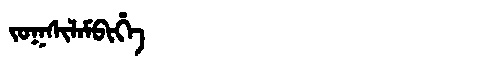
Manchu: ᠵᠣᡴᠰᡳᠯᠠᠮᠪᡳᡥᡝ
Romanization: JOKSILAMBIHE